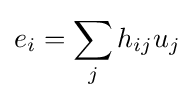
e_{i}=\sum _{j}h_{ij}u_{j}